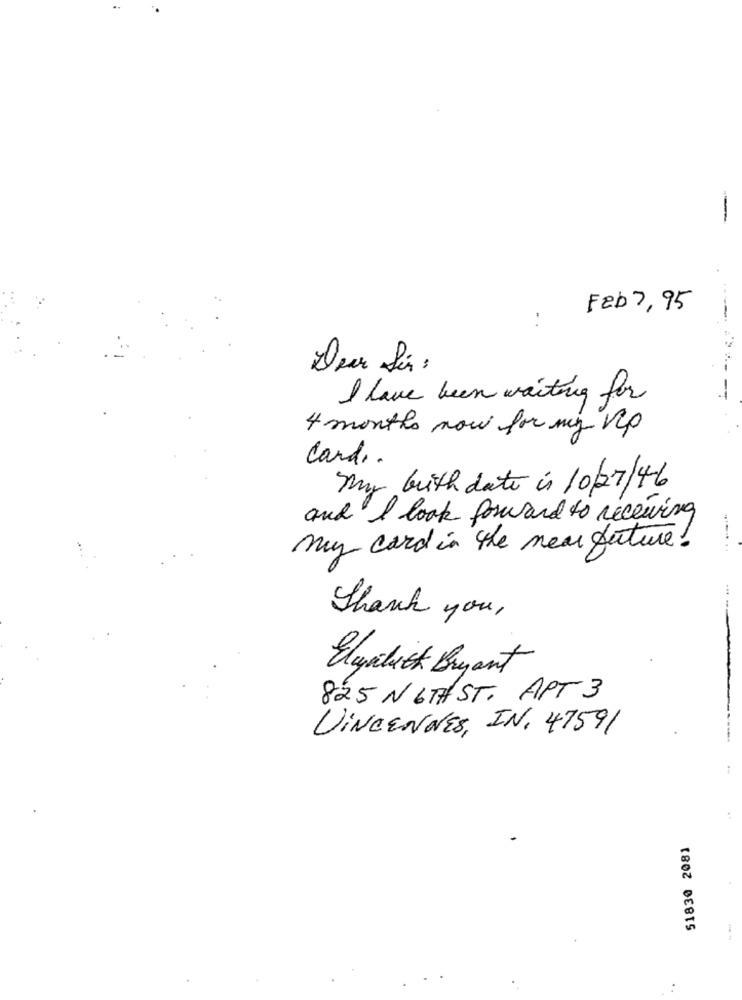
-
Feb 7,95
..
Dear Sir :
I have been waiting for
4 months now for my vip
card ..
My brith date is 10/27/46
and I look forward to receiving
my card in the near future!
....
Thank you,
Elystick Bryant
825 N 6THST. APT 3
VINCENNES, IN. 47591
51830 2081